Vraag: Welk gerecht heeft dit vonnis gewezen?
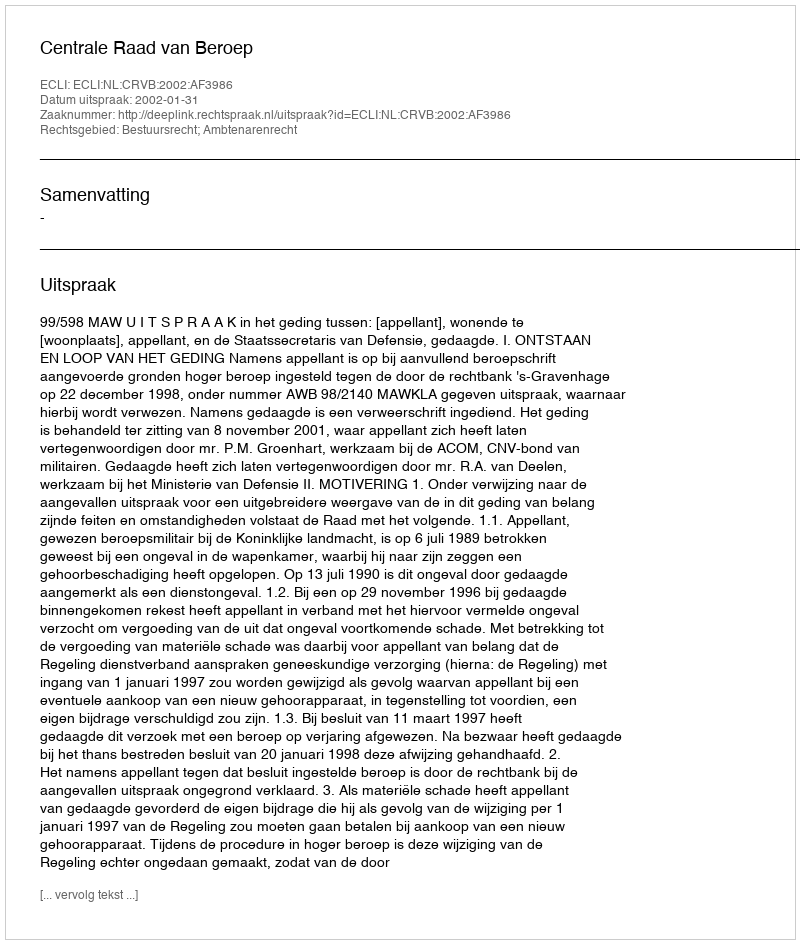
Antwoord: Centrale Raad van Beroep